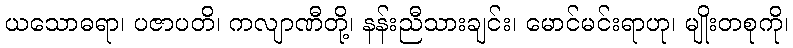
ယသောဓရာ၊ ပဇာပတိ၊ ကလျာဏီတို့၊ နန်းညီသားချင်း၊ မောင်မင်းရာဟု၊ မျိုးတစုကို၊